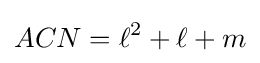
ACN=\ell ^{2}+\ell +m